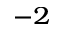
^ { - 2 }